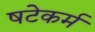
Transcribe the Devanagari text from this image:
षटेकर्म